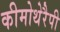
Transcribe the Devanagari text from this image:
कीमोथेरैपी